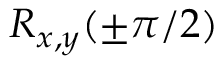
R _ { x , y } ( \pm \pi / 2 )